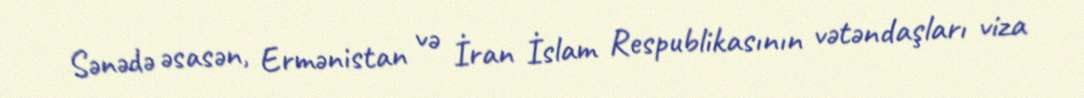
Sənədə əsasən, Ermənistan və İran İslam Respublikasının vətəndaşları viza